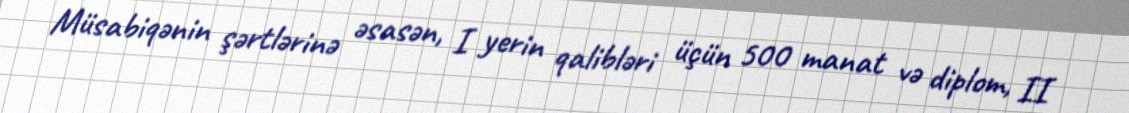
Müsabiqənin şərtlərinə əsasən, I yerin qalibləri üçün 500 manat və diplom, II